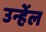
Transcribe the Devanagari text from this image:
उन्हेंल